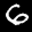
Label: 6